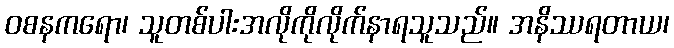
ဝစနကရော၊ သူတစ်ပါးအလိုကိုလိုက်နာရသူသည်။ အနိဿရတာယ၊